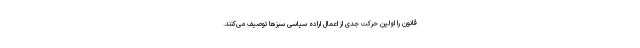
قانون را اولین حرکت جدی از اعمال اراده سیاسی سبزها توصیف می‌کنند.